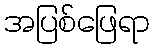
အပြစ်ဖြေရာ